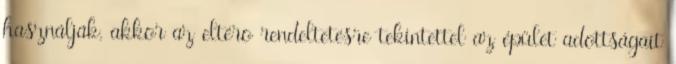
használják, akkor az eltérõ rendeltetésre tekintettel az épület adottságait